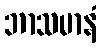
ဘာသမာနံ